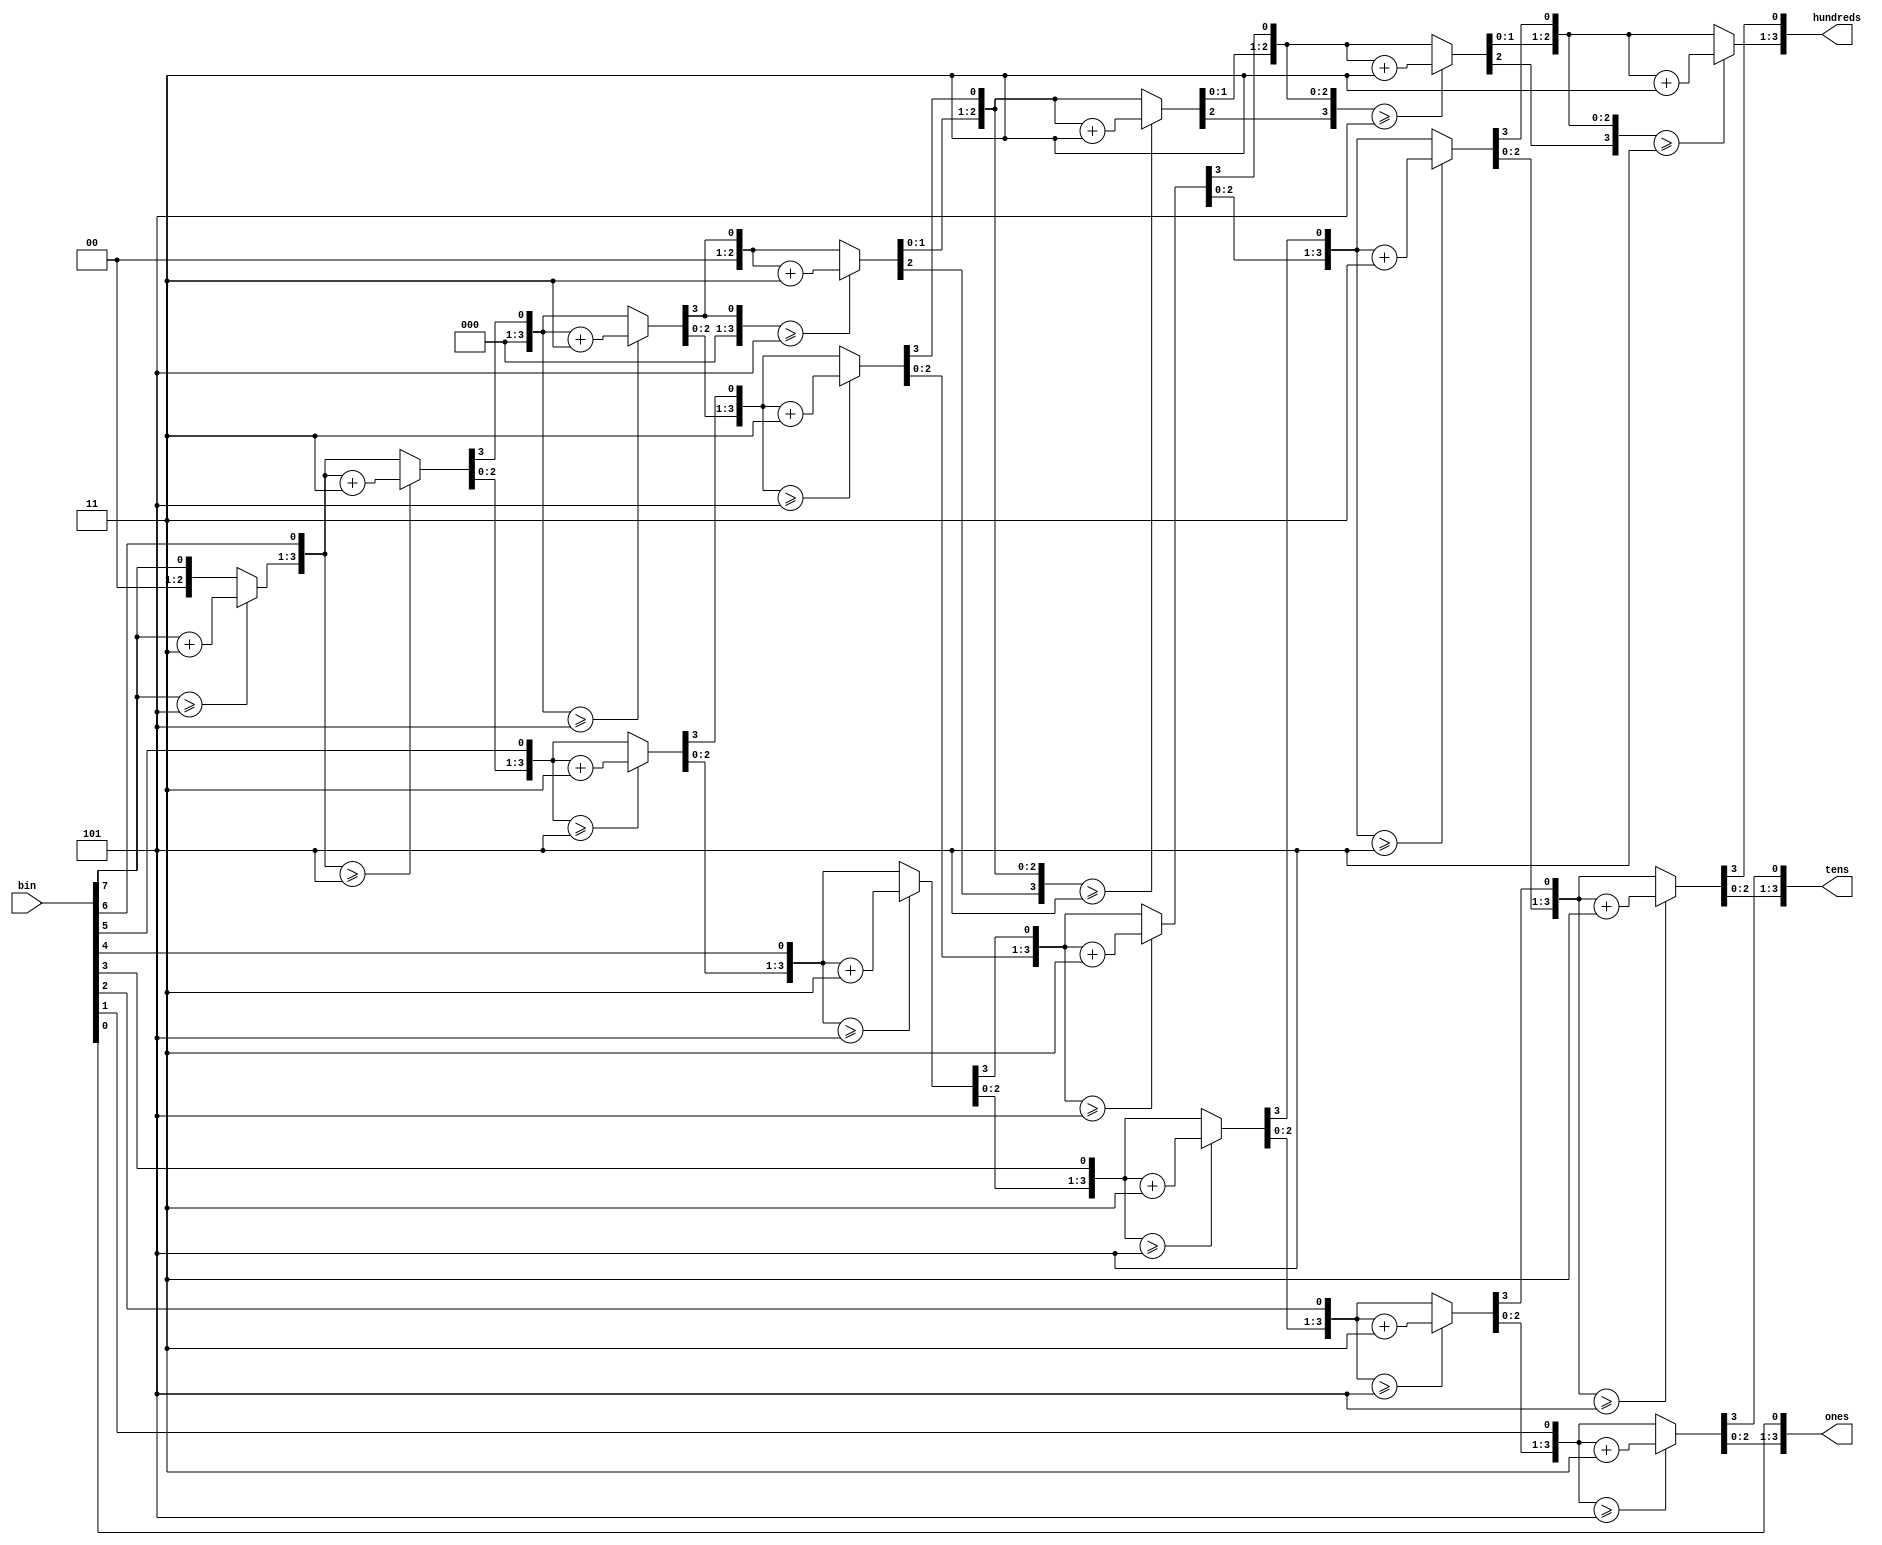
`timescale 1ns / 1ps

module bin_to_bcd
#(parameter N=7)(bin, hundreds, tens, ones);

   input [N:0] bin;
   output reg [3:0] hundreds;
   output reg [3:0] tens;
   output reg [3:0] ones;
   
   integer i;
   
   always @ (bin) begin
     hundreds = 4'd0;
     tens = 4'd0;
     ones = 4'd0;
     
     for (i = N; i >= 0; i = i-1)
     begin
     if (hundreds >= 5) hundreds=hundreds+3;
     if (tens >= 5) tens=tens+3;
     if (ones >= 5) ones=ones+3;
     
     hundreds = hundreds << 1;
     hundreds[0] = tens[3];
     tens = tens << 1;
     tens[0] = ones[3];
     ones = ones << 1;
     ones[0] = bin[i];  
     end
   end
endmodule